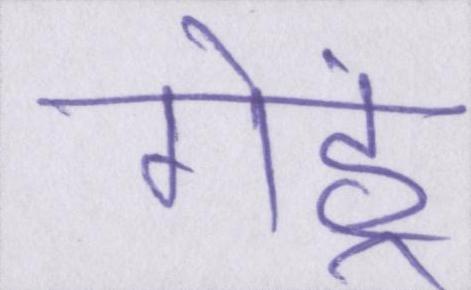
गेहूं